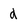
Character: d